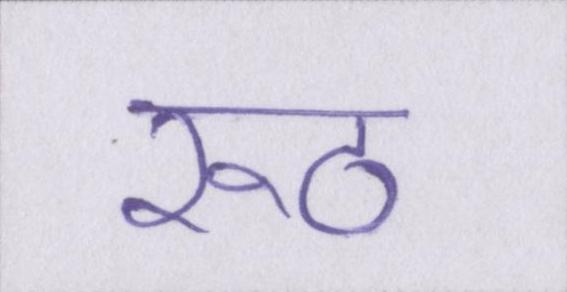
रूठ